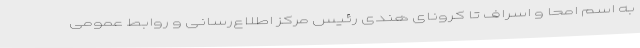
به اسم امحا و اسراف تا کرونای هندی رئیس مرکز اطلاع‌رسانی و روابط عمومی